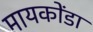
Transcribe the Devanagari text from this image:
मायकोंडा